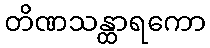
တိဏသန္ထာရကော